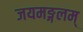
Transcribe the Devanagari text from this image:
जयमङ्गलम्‌